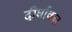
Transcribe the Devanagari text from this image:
दीर्घाकल